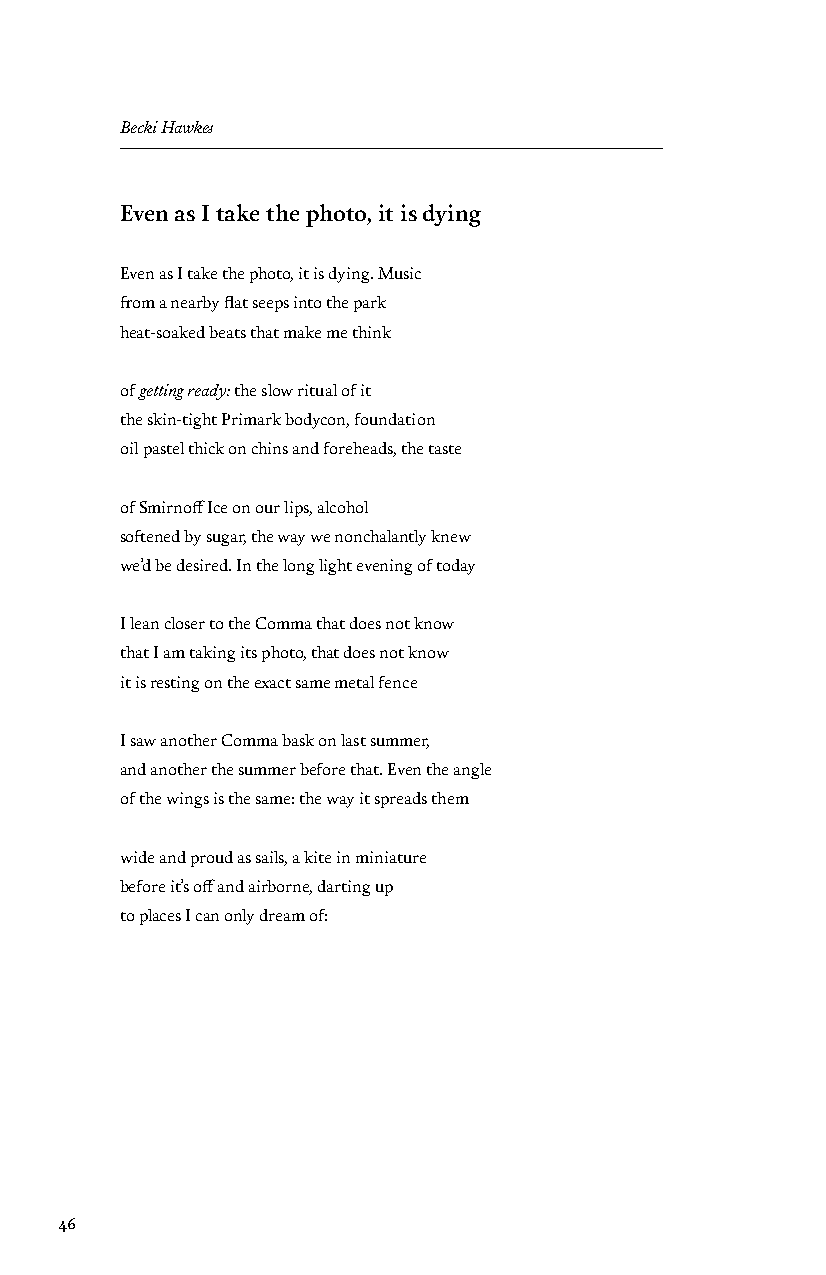
Becki Hawkes
 Even as I take the photo, it is dying
 Even as I take the photo, it is dying. Music
 from a nearby flat seeps into the park
 heat-soaked beats that make me think
 of getting ready: the slow ritual of it
 the skin-tight Primark bodycon, foundation
 oil pastel thick on chins and foreheads, the taste
 of Smirnoff Ice on our lips, alcohol
 softened by sugar, the way we nonchalantly knew
 we’d be desired. In the long light evening of today
 I lean closer to the Comma that does not know
 that I am taking its photo, that does not know
 it is resting on the exact same metal fence
 I saw another Comma bask on last summer,
 and another the summer before that. Even the angle
 of the wings is the same: the way it spreads them
 wide and proud as sails, a kite in miniature
 before it’s off and airborne, darting up
 to places I can only dream of:
 46